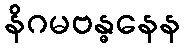
နိဂမဗန္ဓနေန